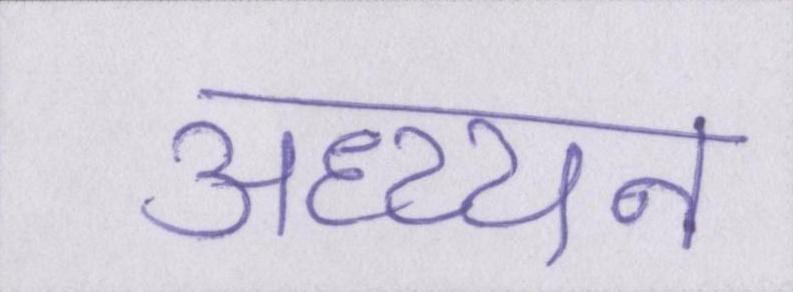
अध्य्यन